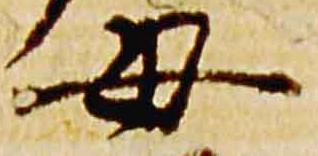
母